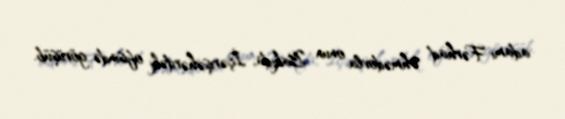
adamı Fərhad Əhmədovla onun Bakıda, İçərişəhərdəki ofisində görüşüb.